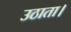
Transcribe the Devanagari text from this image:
उठाता।